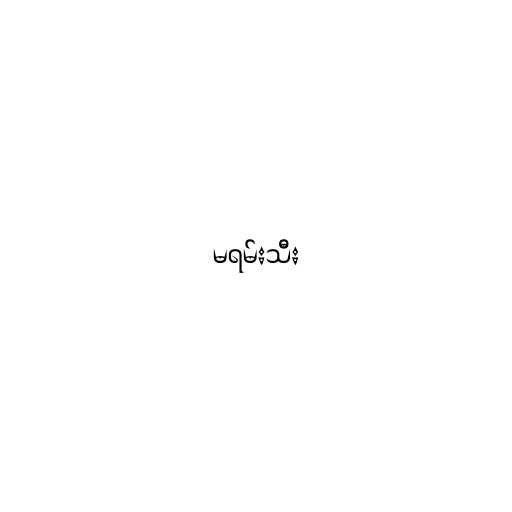
မရမ်းသီး